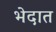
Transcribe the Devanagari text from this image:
भेदात